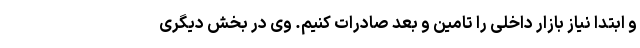
و ابتدا نیاز بازار داخلی را تامین و بعد صادرات کنیم. وی در بخش دیگری